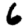
Digit: 6